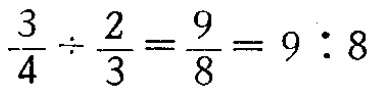
$\frac{3}{4}\div\frac{2}{3}=\frac{9}{8}=9:8$